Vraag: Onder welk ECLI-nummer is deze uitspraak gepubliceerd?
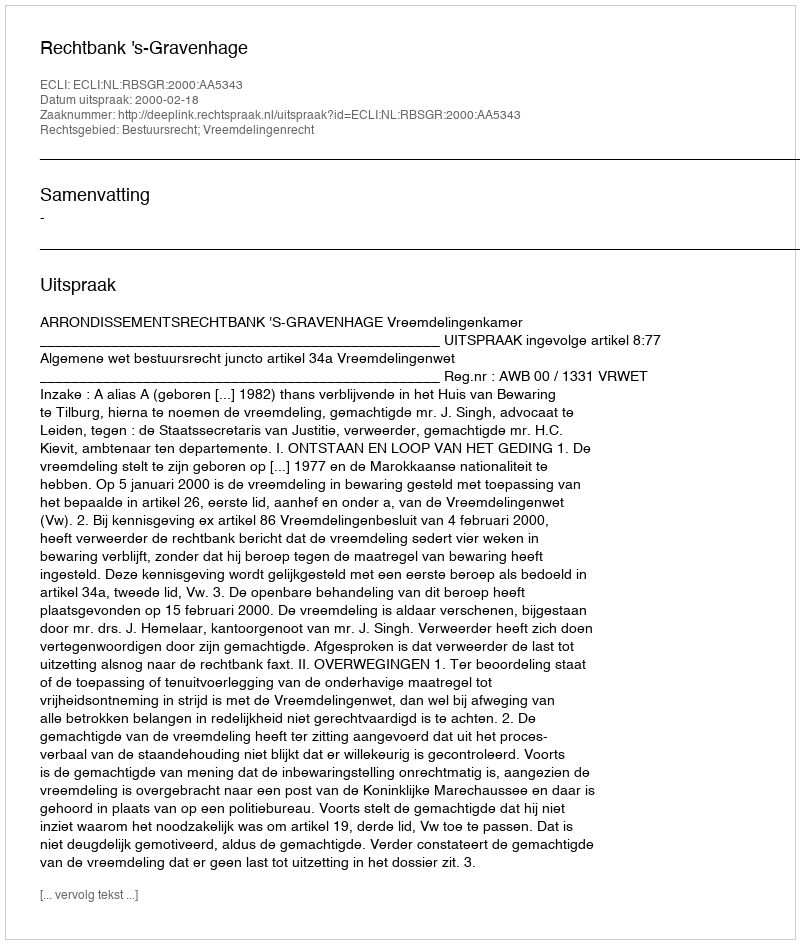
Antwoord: ECLI:NL:RBSGR:2000:AA5343